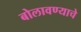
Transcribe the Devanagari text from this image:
बोलावण्याचे